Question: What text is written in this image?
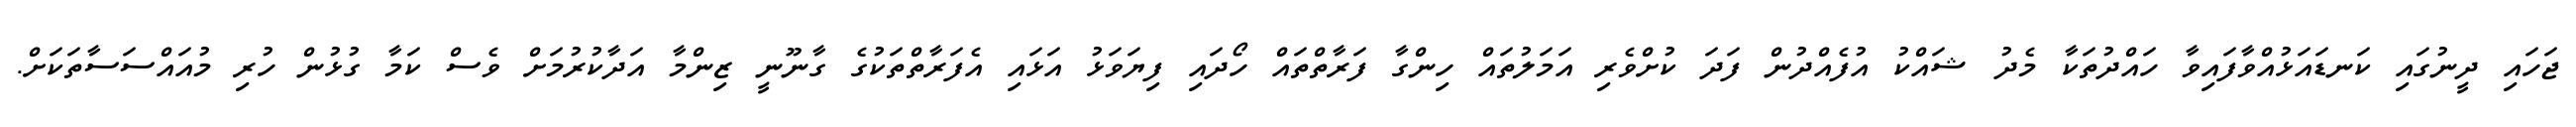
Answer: ޖަހައި ދީނުގައި ކަނޑައަޅުއްވާފައިވާ ހައްދުތަކާ މެދު ޝައްކު އުފެއްދުން ފަދަ ކުށްވެރި އަމަލުތައް ހިންގާ ފަރާތްތައް ހޯދައި ފިޔަވަޅު އަޅައި އެފަރާތްތަކުގެ ގާނޫނީ ޒިންމާ އަދާކުރުމަށް ވެސް ކަމާ ގުޅުން ހުރި މުއައްސަސާތަކަށް.